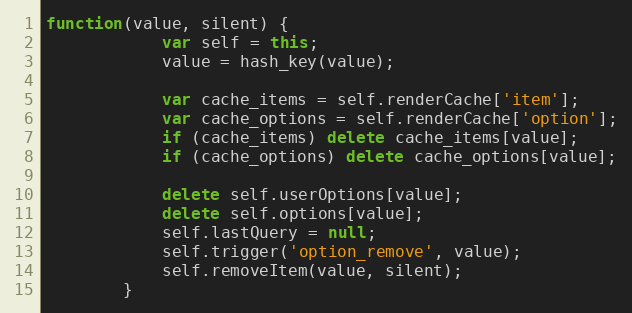
Language: JavaScript
function(value, silent) {
			var self = this;
			value = hash_key(value);

			var cache_items = self.renderCache['item'];
			var cache_options = self.renderCache['option'];
			if (cache_items) delete cache_items[value];
			if (cache_options) delete cache_options[value];

			delete self.userOptions[value];
			delete self.options[value];
			self.lastQuery = null;
			self.trigger('option_remove', value);
			self.removeItem(value, silent);
		}